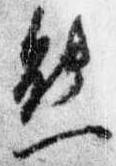
熊